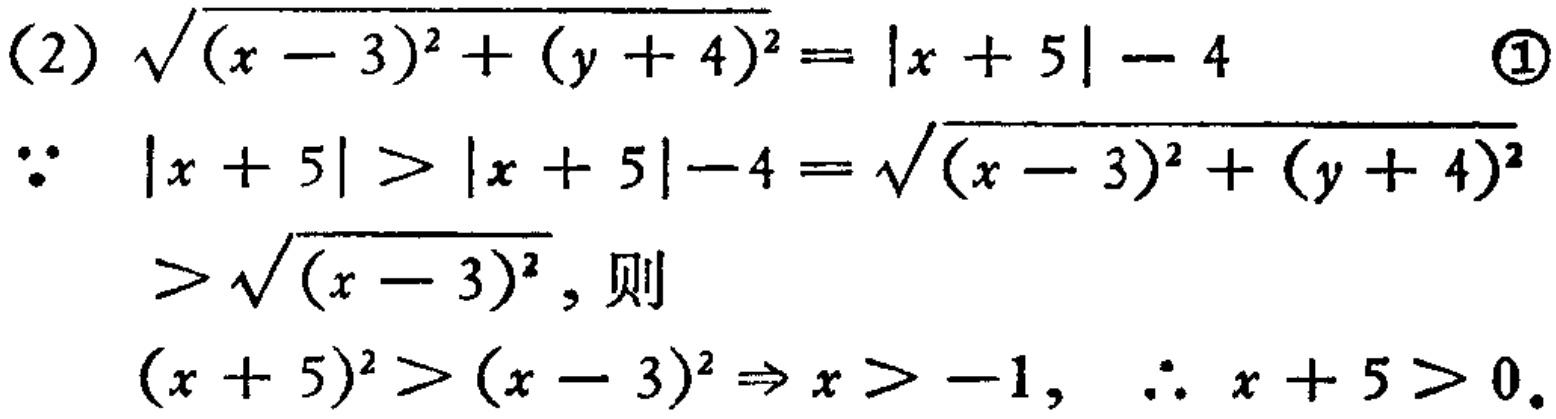
(2) \(\sqrt{(x - 3)^{2}+(y + 4)^{2}}=\vert x + 5\vert-4\) \textcircled{1}
\(\because\) \(\vert x + 5\vert>\vert x + 5\vert-4=\sqrt{(x - 3)^{2}+(y + 4)^{2}}\)
\(>\sqrt{(x - 3)^{2}}\), 则
\((x + 5)^{2}>(x - 3)^{2}\Rightarrow x>-1\), \(\therefore\) \(x + 5>0\).